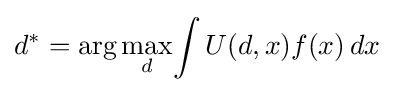
d^{*}={\arg \max _{d}}{\int U(d,x)f(x)\,dx}